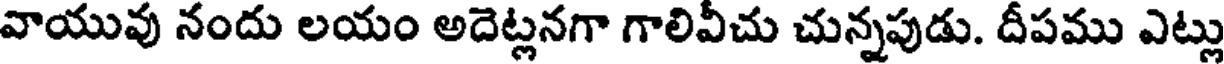
వాయువు నందు లయం అదెట్లనగా గాలివీచు చున్నపుడు. దీపము ఎట్లు